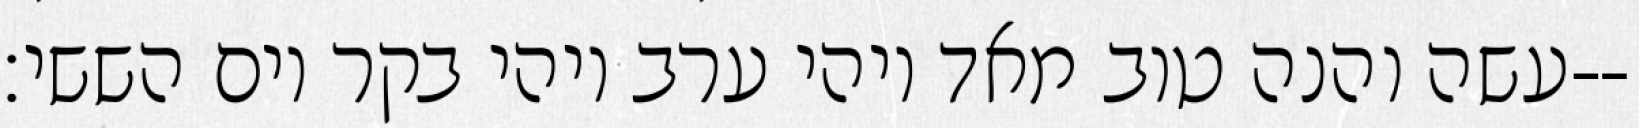
עשה והנה טוב מאד ויהי ערב ויהי בקר יום הששי׃--